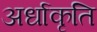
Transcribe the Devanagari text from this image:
अर्धाकृति